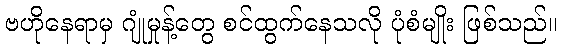
ဗဟိုနေရာမှ ဂျုံမှုန့်တွေ စင်ထွက်နေသလို ပုံစံမျိုး ဖြစ်သည်။